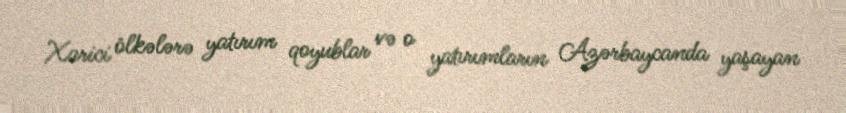
Xarici ölkələrə yatırım qoyublar və o yatırımların Azərbaycanda yaşayan